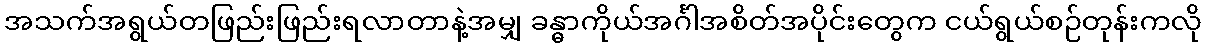
အသက်အရွယ်တဖြည်းဖြည်းရလာတာနဲ့အမျှ ခန္ဓာကိုယ်အင်္ဂါအစိတ်အပိုင်းတွေက ငယ်ရွယ်စဉ်တုန်းကလို